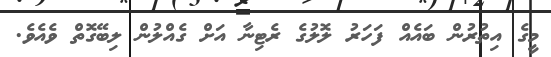
މީގެ އިތުރުން ބައެއް ފަހަރު ލޮލުގެ ރެޓިނާ އަށް ގެއްލުން ލިބޭގޮތް ވެއެވެ.